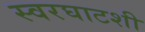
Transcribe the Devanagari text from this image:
स्वरघाटशी